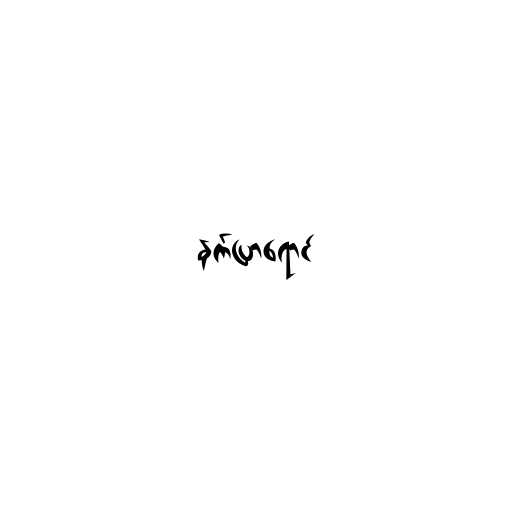
နက်ပြာရောင်